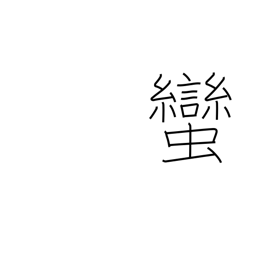
Meaning: barbarian